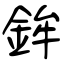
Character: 鉾